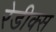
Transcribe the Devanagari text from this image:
रेडीक्स